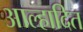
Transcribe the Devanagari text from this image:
आल्हादित